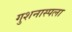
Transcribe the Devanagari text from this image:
गुशनास्पला